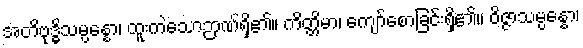
အတိဗုဒ္ဓိသမ္ပန္နော၊ ထူးကဲသောဉာဏ်ရှိ၏။ ကိတ္တိမာ၊ ကျော်စောခြင်းရှိ၏။ ဝိဇ္ဇာသမ္ပန္နော၊